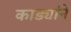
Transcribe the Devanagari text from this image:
काड्यांने